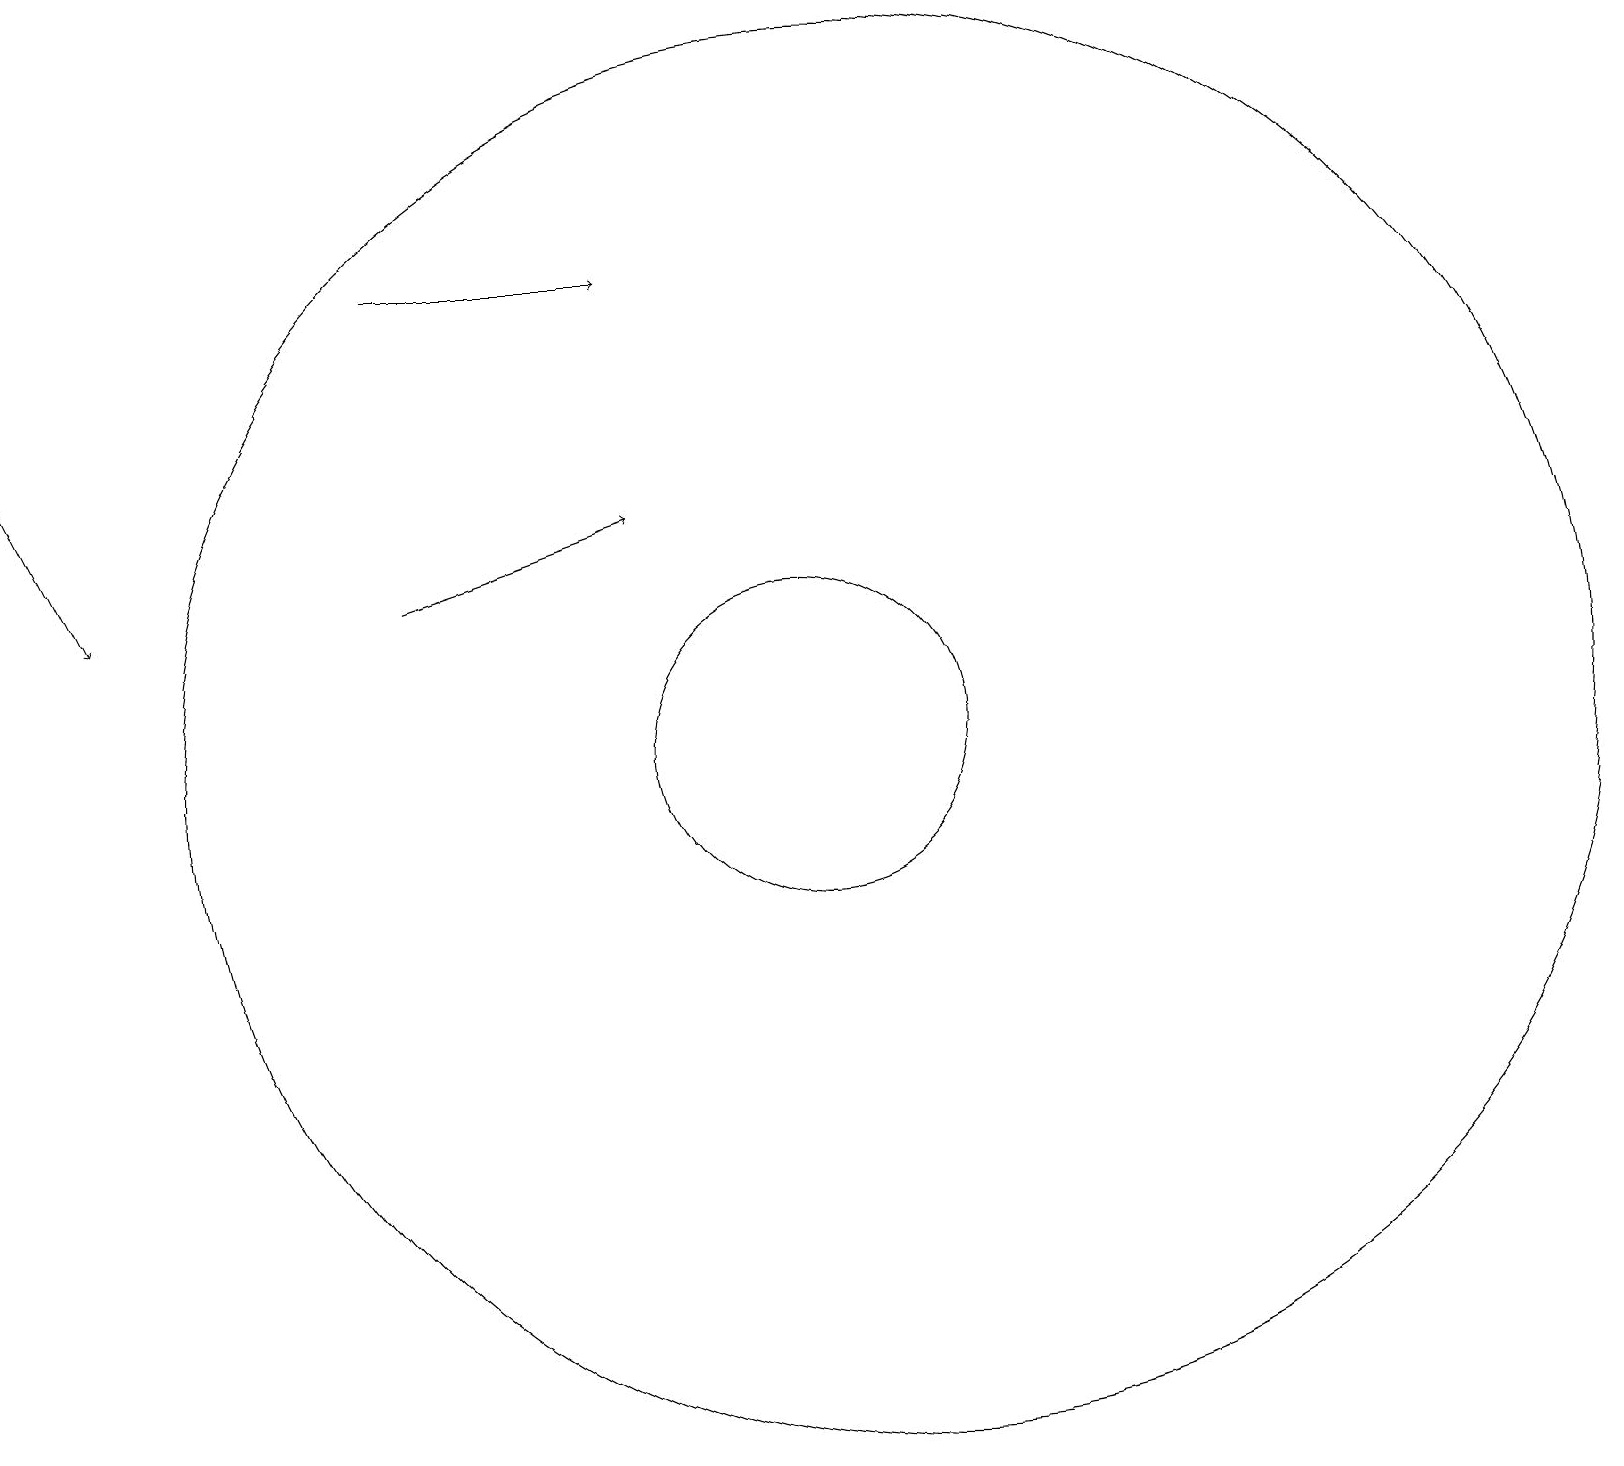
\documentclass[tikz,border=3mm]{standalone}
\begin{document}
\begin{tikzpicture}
\draw (10,10) circle (2);
\draw[->] (5,12) -- (8,13);
\draw (11,10) circle (9);
\draw[->] (0,14) -- (1,12);
\draw[->] (5,16) -- (8,16);
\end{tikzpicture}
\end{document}